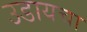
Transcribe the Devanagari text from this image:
उडायचा